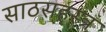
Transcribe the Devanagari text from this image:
साठसहस्त्र